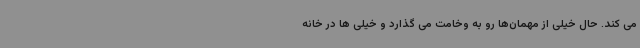
می کند. حال خیلی از مهمان‌ها رو به وخامت می گذارد و خیلی ها در خانه